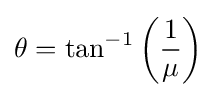
\theta =\tan ^{-1}\left({\frac {1}{\mu }}\right)